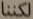
لكننا